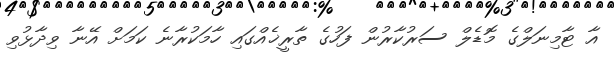
އާ ޓާމިނަލްގެ މޮޑެލް ސަރުކާރުން ފަހުގެ ތާރީޚެއްގައި ހާމަކުރާނެ ކަމަށް އޭނާ ވިދާޅުވި